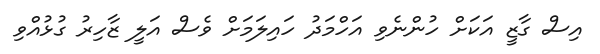
އިސް ގާޒީ އަކަށް ހުންނެވި އަހްމަދު ހައިލަމަށް ވެސް އަލީ ޒާހިރު ގުޅުއްވި